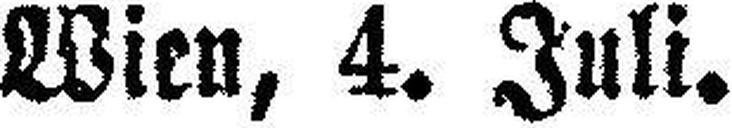
Wien, 4. Juli.